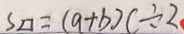
S \square = ( a + b ) c \div 2